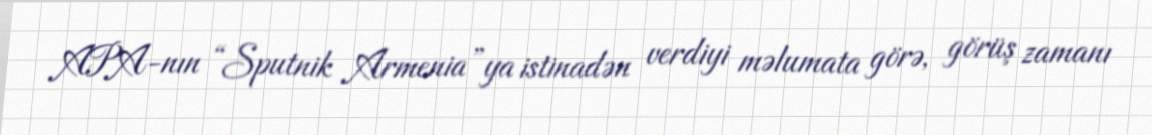
APA-nın “Sputnik Armenia”ya istinadən verdiyi məlumata görə, görüş zamanı